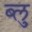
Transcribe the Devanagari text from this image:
ब्‍लु